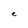
Character: e